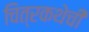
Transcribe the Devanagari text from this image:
चित्रकथेची